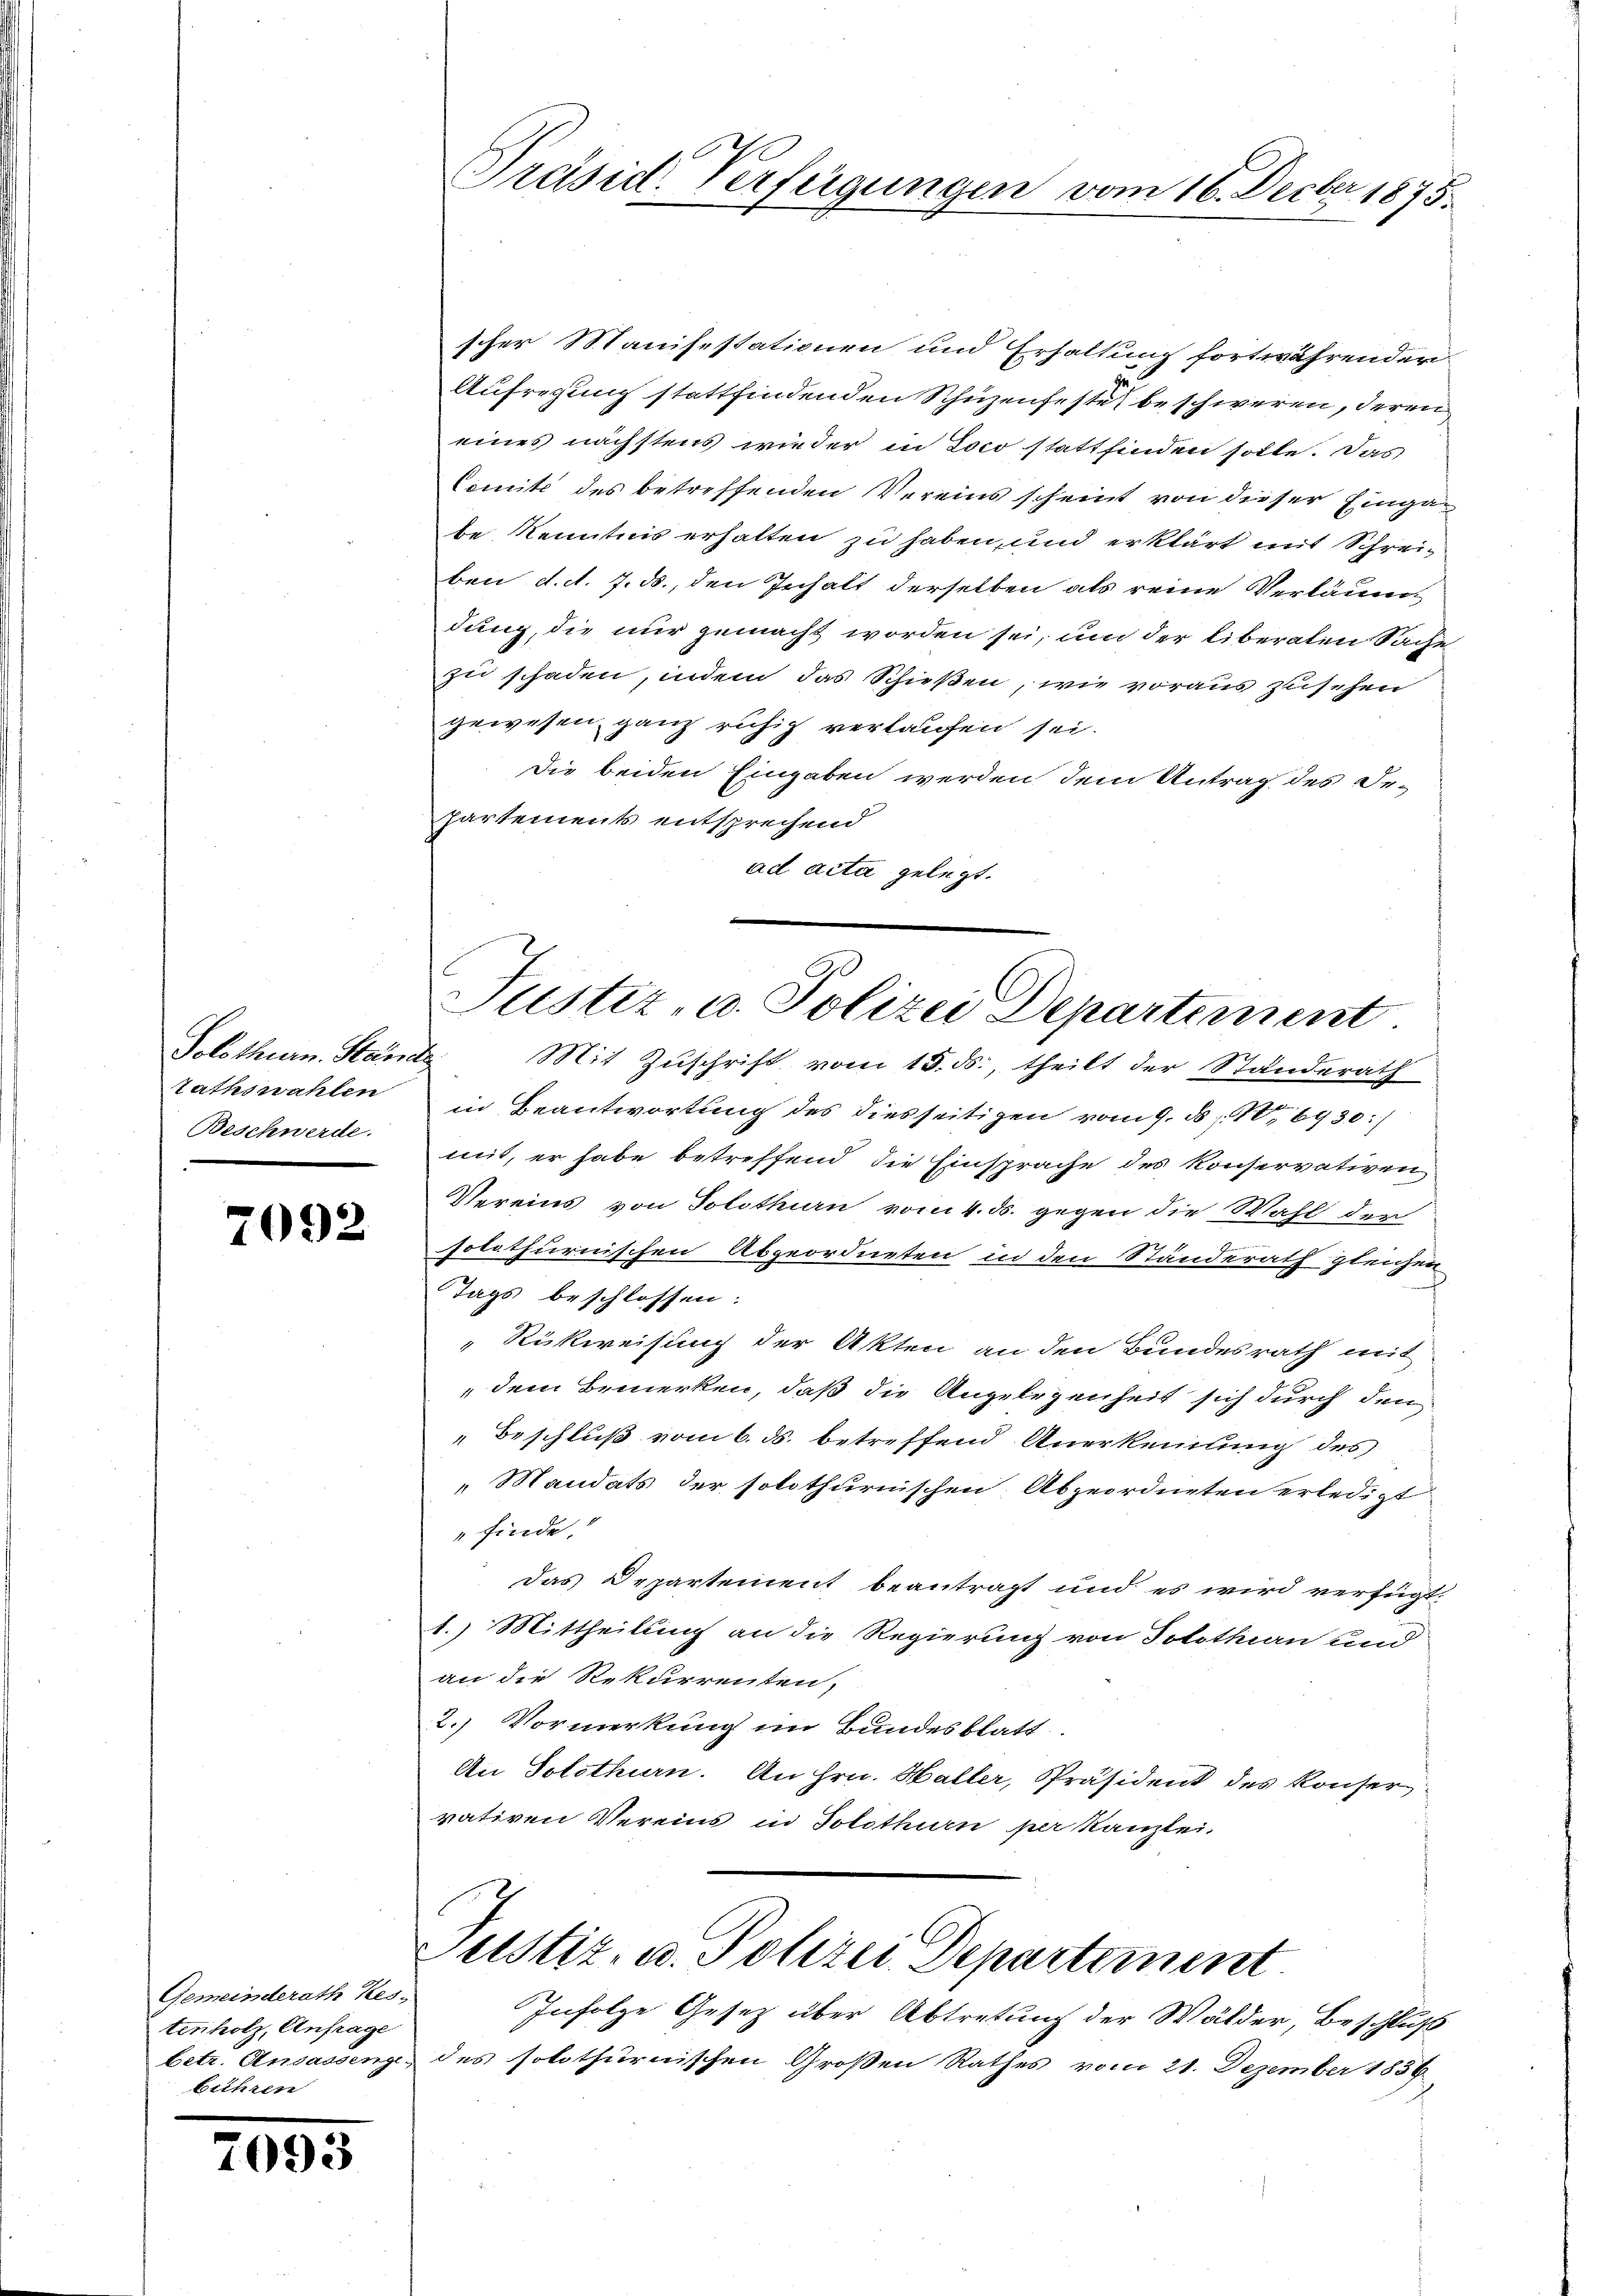
Tathswahlen
Beschwerde.

7092

Gemeinderath Kes-
tenholz, Anfrage
betr. Andassenge,
bühren

7093

scher Manifestationen und Erhaltung fortwährender
Aufregung stattfindenden Schüzenfeste beschweren, deren
eines nächstens wieder in Loco stattfinden solle. Das
Comité des betreffenden Vereins scheint von dieser Eingabe Kenntnis erhalten zu haben, und erklärt mit Schreiben d. d. 7. ds., den Inhalt derselben als reine Verläum
dung, die nur gemacht worden sei, um der liberalen Sache
zu schaden, indem das Schießen, wie voraus zusehen
gewesen ganz ruhig verlaufen sei.
Die beiden Eingaben werden dem Antrag des De-
Partement entsprechend
ad acta gelegt.

Präsid. Verfügungen vom 16. Decbr 1875.

Justiz, u. Polizei Departement

Solothurn. Stände Mit Zŭschrift vom 15. ds., theilt der Standerath
in Beantwortung des diesseitigen vom 9. ds 10, 6930/
mit, er habe betreffend die Einsprache des Konservativen
Vereins von Solothurn vom 4. ds. gegen die Wahl der
solothurnischen Abgeordneten in den Standerath gleichen
Tags beschlossen:
Rükweisung der Akten an den Bundesrath mit
dem Bemerken, daß die Angelegenheit sich durch den
Beschluß vom 6. ds. betreffend Anerkennung des
Mandats der solothurnischen Abgeordneten erledigt
finde.
Das Departement beantragt und es wird verfügt:
1.) Mittheilung an die Regierung von Solothin und
an die Rekurrenten,
2.) Vormerkung im Bundesblatt
An Solothurn. An Hrn. Haller, Präsident des Konser
vativen Vereins in Solothurn per Kanzlei.

Justiz- u. Polizei Departement
Infolge Gesetz über Abtretung der Wälder, Beschluß

des solothurnischen Großen Rathes vom 21. Dezember 1856